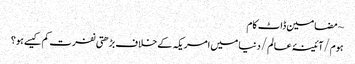
~ مضامین ڈاٹ کام
ہوم/آئینۂ عالم/دنیا میں امریکہ کے خلاف بڑھتی نفرت کم کیسے ہو؟